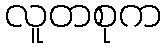
လူတစုက